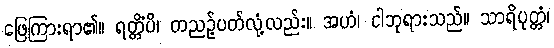
ဖြေကြားရာ၏။ ရတ္တိံပိ၊ တညဉ့်ပတ်လုံ့လည်း။ အဟံ၊ ငါဘုရားသည်။ သာရိပုတ္တံ၊